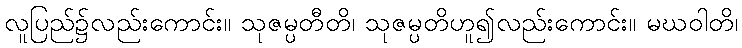
လူပြည်၌လည်းကောင်း။ သုဇမ္ပတီတိ၊ သုဇမ္ပတိဟူ၍လည်းကောင်း။ မဃဝါတိ၊